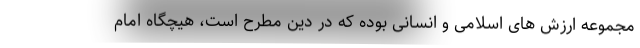
مجموعه ارزش های اسلامی و انسانی بوده که در دین مطرح است، هیچگاه امام